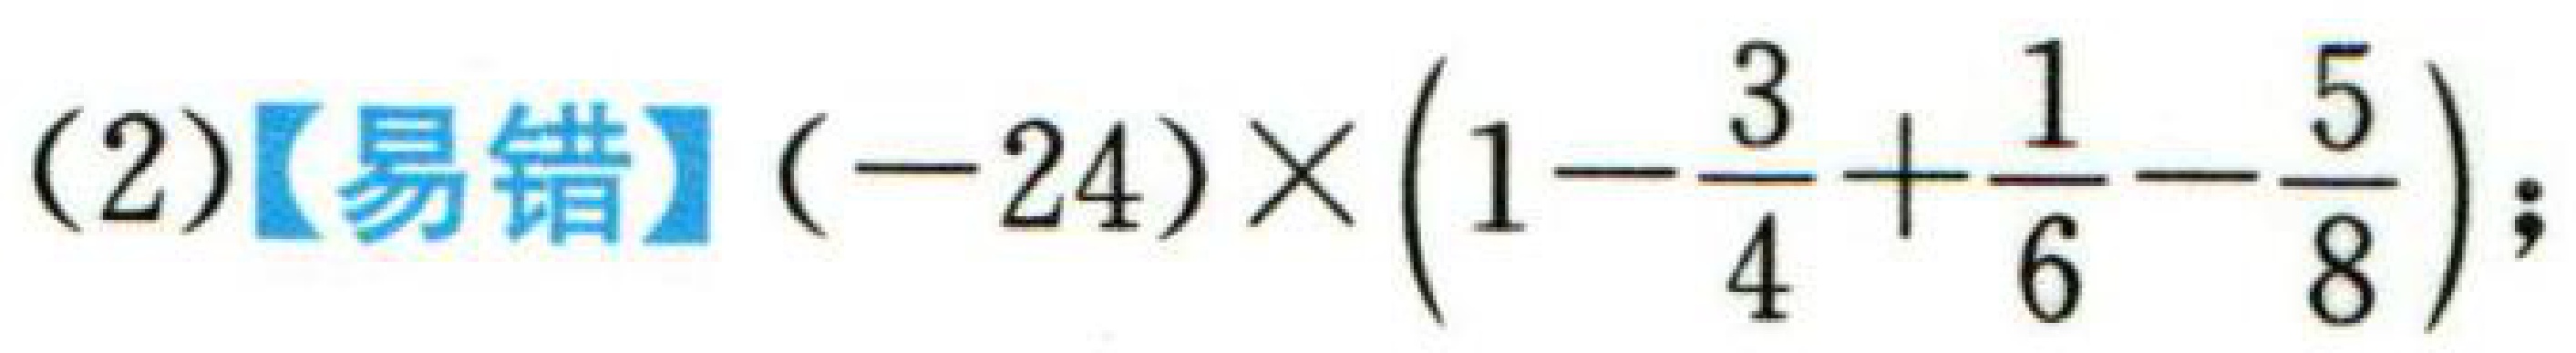
(2)【易错】\((-24)\times\left(1 - \dfrac{3}{4}+\dfrac{1}{6}-\dfrac{5}{8}\right)\);